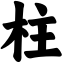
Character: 柱